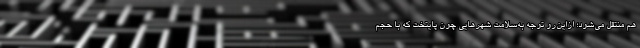
هم منتقل می‌شود؛ ازاین‌رو توجه به‌سلامت شهرهایی چون پایتخت که با حجم